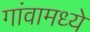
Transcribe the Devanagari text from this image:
गांवामध्ये